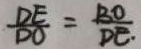
\frac { D E } { D O } = \frac { B O } { D E . }